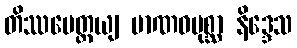
တိဿမေတ္တယျ မာဏဝပုစ္ဆာ နိဒ္ဒေသ